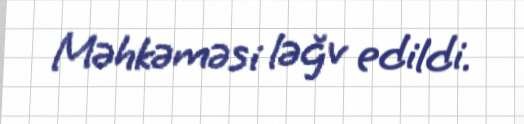
Məhkəməsi ləğv edildi.